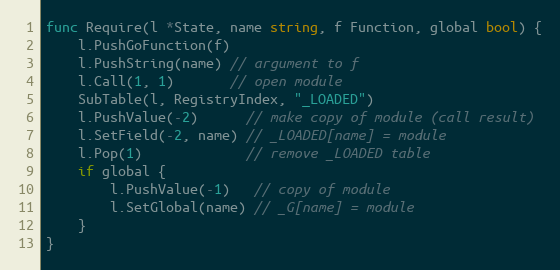
Language: Go
func Require(l *State, name string, f Function, global bool) {
	l.PushGoFunction(f)
	l.PushString(name) // argument to f
	l.Call(1, 1)       // open module
	SubTable(l, RegistryIndex, "_LOADED")
	l.PushValue(-2)      // make copy of module (call result)
	l.SetField(-2, name) // _LOADED[name] = module
	l.Pop(1)             // remove _LOADED table
	if global {
		l.PushValue(-1)   // copy of module
		l.SetGlobal(name) // _G[name] = module
	}
}